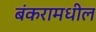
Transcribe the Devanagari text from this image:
बंकरामधील